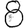
Digit: 8